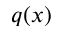
q ( x )